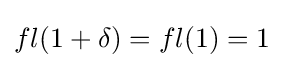
fl(1+\delta )=fl(1)=1